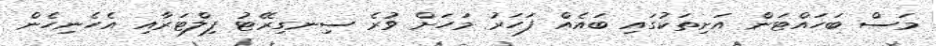
މަސް ބަހައްޓަން އަށިތަކުގައި ބައެއް ފަހަރު މަހަށް ވުރެ ސިނގިރޭޓު ފިލްޓަރާއި އެހެނިހެން